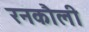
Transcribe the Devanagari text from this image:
रनकौली